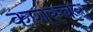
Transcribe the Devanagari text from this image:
कणस्वर